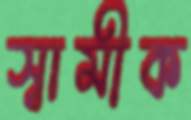
স্বামীক